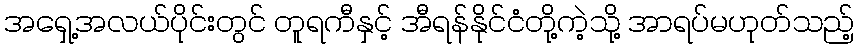
အရှေ့အလယ်ပိုင်းတွင် တူရကီနှင့် အီရန်နိုင်ငံတို့ကဲ့သို့ အာရပ်မဟုတ်သည့်